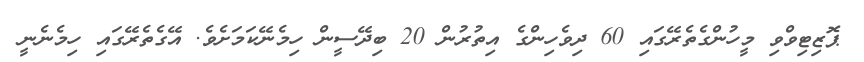
ޕޮޒިޓިވްވި މީހުންގެތެރޭގައި 60 ދިވެހިންގެ އިތުރުން 20 ބިދޭސީން ހިމެނޭކަމަށެވެ. އޭގެތެރޭގައި ހިމެނެނީ